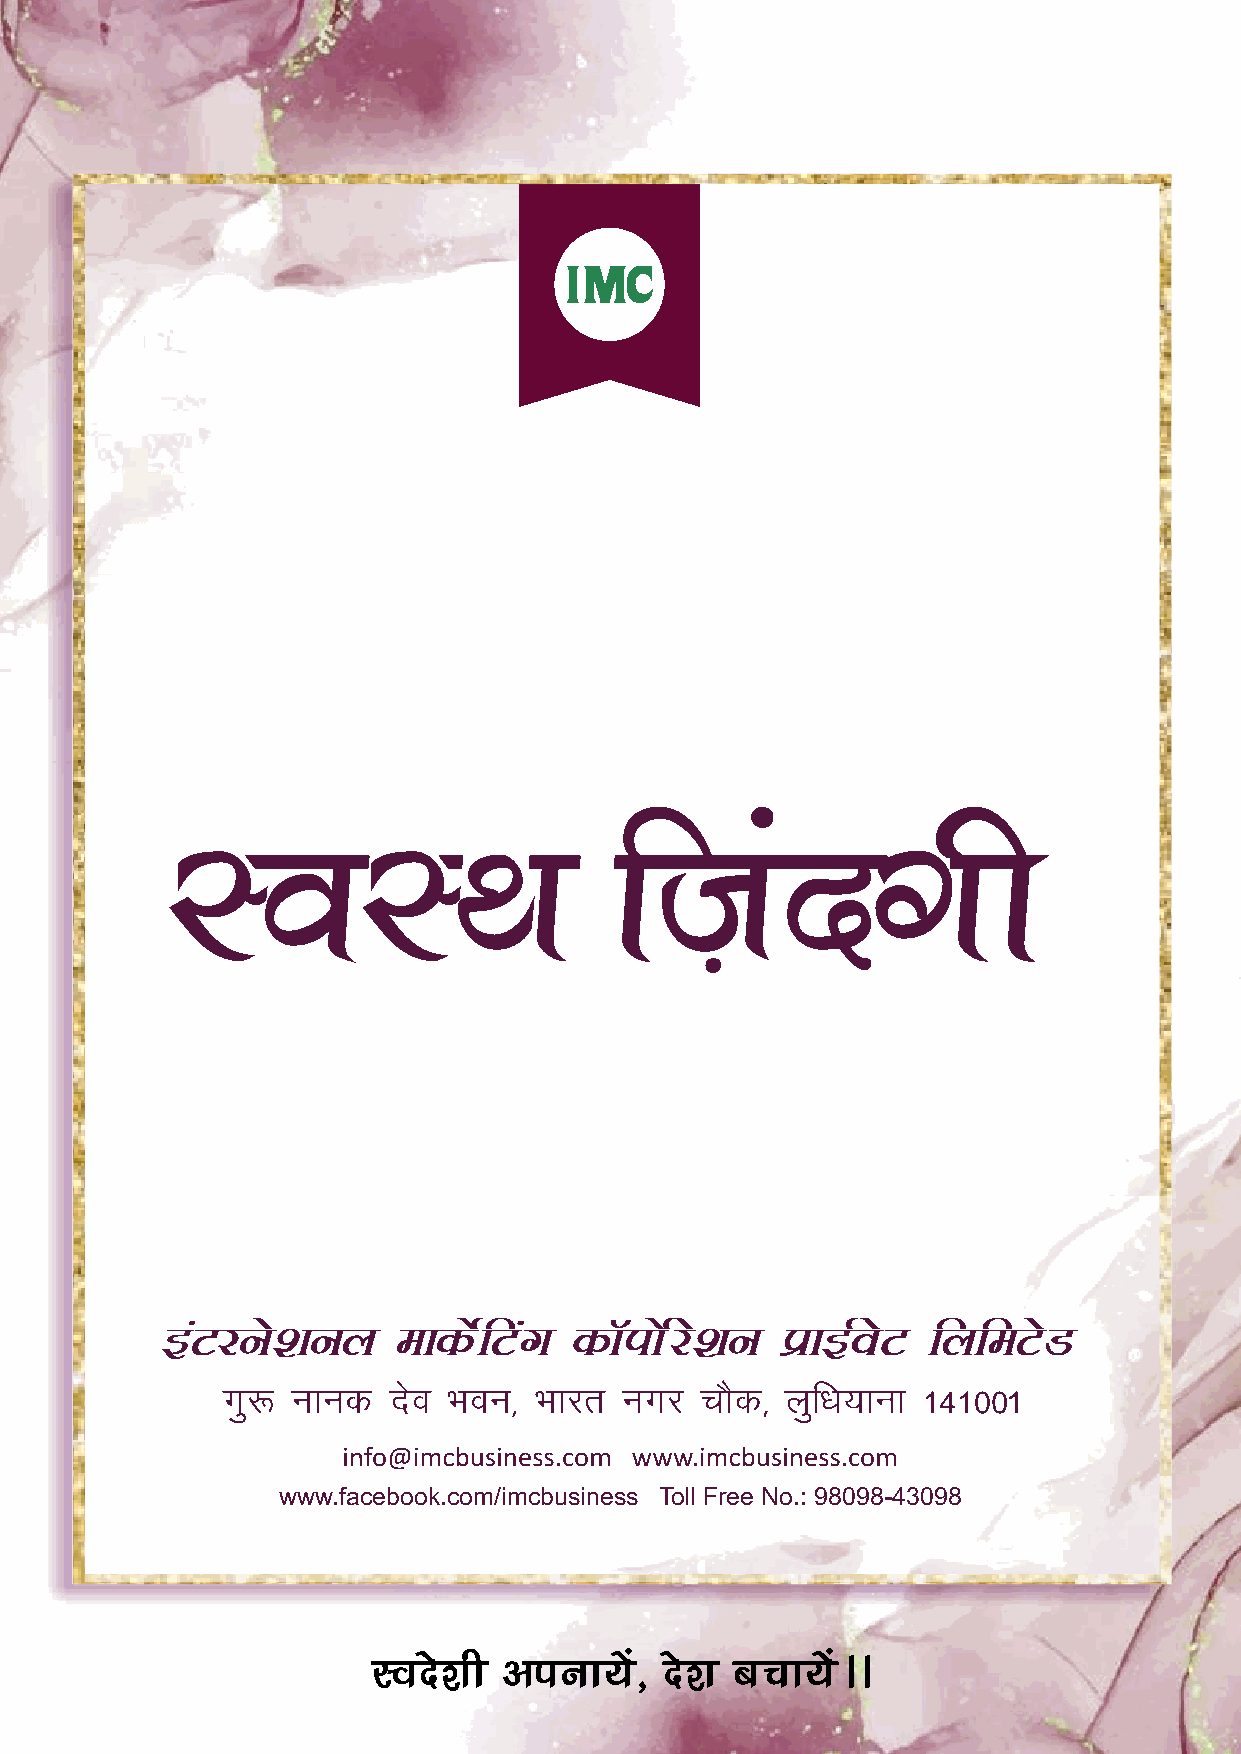
baVjus'kuy     ekdZsfVax   dkWiksZjs'ku  çkbZosV  fyfeVsM
 www.facebook.com/imcbusiness Toll Free No.: 98098-43098
 Lons’kh viuk;sa]   ns’k cpk;saAA